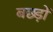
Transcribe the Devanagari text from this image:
बछ्ड़ों